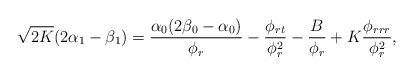
LaTeX: \begin{align*}\sqrt{2K}(2\alpha_1-\beta_1)=\frac{\alpha_0 (2\beta_0-\alpha_0)}{\phi_r}-\frac{\phi_{rt}}{\phi_r^2}-\frac{B}{\phi_r}+K\frac{\phi_{rrr}}{\phi_r^2},\end{align*}